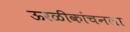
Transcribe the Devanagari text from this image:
ऊरळीकांचनला